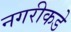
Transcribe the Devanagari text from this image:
नगरीकडे